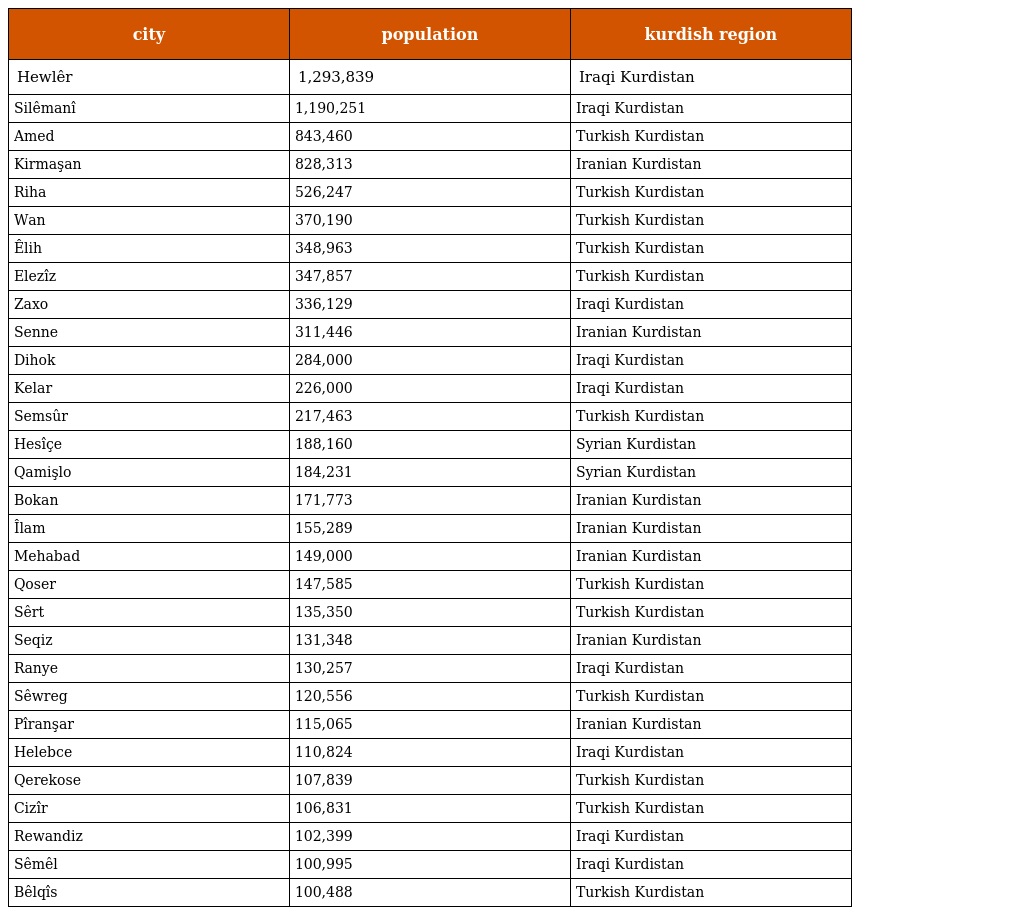
| city | population | kurdish region |
 | --- | --- | --- |
 | Hewlêr | 1,293,839 | Iraqi Kurdistan |
 | Silêmanî | 1,190,251 | Iraqi Kurdistan |
 | Amed | 843,460 | Turkish Kurdistan |
 | Kirmaşan | 828,313 | Iranian Kurdistan |
 | Riha | 526,247 | Turkish Kurdistan |
 | Wan | 370,190 | Turkish Kurdistan |
 | Êlih | 348,963 | Turkish Kurdistan |
 | Elezîz | 347,857 | Turkish Kurdistan |
 | Zaxo | 336,129 | Iraqi Kurdistan |
 | Senne | 311,446 | Iranian Kurdistan |
 | Dihok | 284,000 | Iraqi Kurdistan |
 | Kelar | 226,000 | Iraqi Kurdistan |
 | Semsûr | 217,463 | Turkish Kurdistan |
 | Hesîçe | 188,160 | Syrian Kurdistan |
 | Qamişlo | 184,231 | Syrian Kurdistan |
 | Bokan | 171,773 | Iranian Kurdistan |
 | Îlam | 155,289 | Iranian Kurdistan |
 | Mehabad | 149,000 | Iranian Kurdistan |
 | Qoser | 147,585 | Turkish Kurdistan |
 | Sêrt | 135,350 | Turkish Kurdistan |
 | Seqiz | 131,348 | Iranian Kurdistan |
 | Ranye | 130,257 | Iraqi Kurdistan |
 | Sêwreg | 120,556 | Turkish Kurdistan |
 | Pîranşar | 115,065 | Iranian Kurdistan |
 | Helebce | 110,824 | Iraqi Kurdistan |
 | Qerekose | 107,839 | Turkish Kurdistan |
 | Cizîr | 106,831 | Turkish Kurdistan |
 | Rewandiz | 102,399 | Iraqi Kurdistan |
 | Sêmêl | 100,995 | Iraqi Kurdistan |
 | Bêlqîs | 100,488 | Turkish Kurdistan |